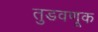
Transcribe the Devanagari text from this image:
तुडवणूक